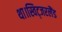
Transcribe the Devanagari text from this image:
था।स्विट्जरलैंड